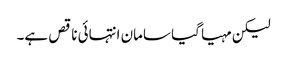
لیکن مہیا گیا سامان انتہائی ناقص ہے۔